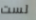
لست